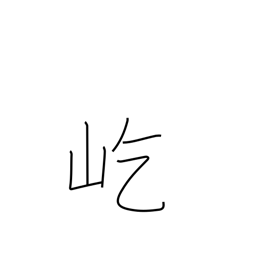
Meaning: towering mountains